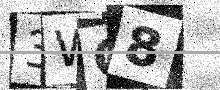
Text: 3WO8